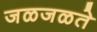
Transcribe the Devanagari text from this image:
जळजळते